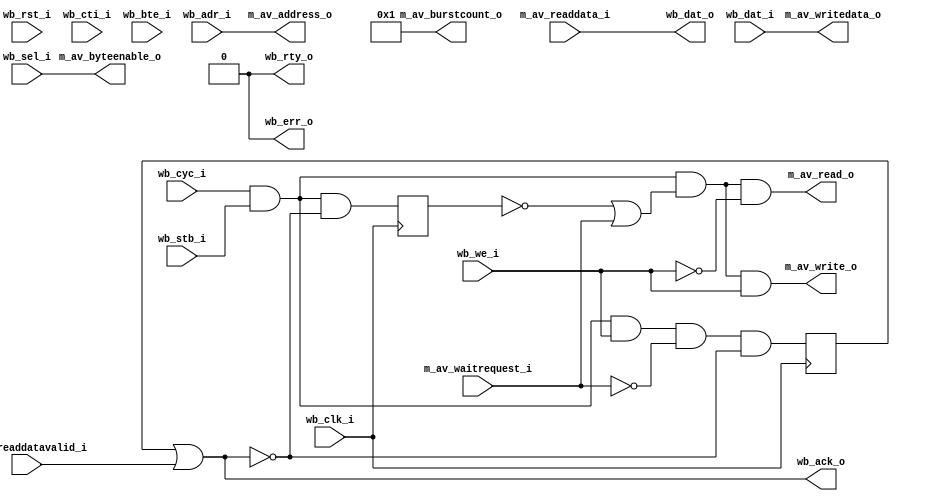
/*
 * Copyright (c) 2013, Stefan Kristiansson <stefan.kristiansson@saunalahti.fi>
 * All rights reserved.
 *
 * Redistribution and use in source and non-source forms, with or without
 * modification, are permitted provided that the following conditions are met:
 *     * Redistributions of source code must retain the above copyright
 *       notice, this list of conditions and the following disclaimer.
 *     * Redistributions in non-source form must reproduce the above copyright
 *       notice, this list of conditions and the following disclaimer in the
 *       documentation and/or other materials provided with the distribution.
 *
 * THIS WORK IS PROVIDED BY THE COPYRIGHT HOLDERS AND CONTRIBUTORS "AS IS"
 * AND ANY EXPRESS OR IMPLIED WARRANTIES, INCLUDING, BUT NOT LIMITED TO,
 * THE IMPLIED WARRANTIES OF MERCHANTABILITY AND FITNESS FOR A PARTICULAR
 * PURPOSE ARE DISCLAIMED. IN NO EVENT SHALL THE COPYRIGHT HOLDER OR
 * CONTRIBUTORS BE LIABLE FOR ANY DIRECT, INDIRECT, INCIDENTAL, SPECIAL,
 * EXEMPLARY, OR CONSEQUENTIAL DAMAGES (INCLUDING, BUT NOT LIMITED TO,
 * PROCUREMENT OF SUBSTITUTE GOODS OR SERVICES;
 * LOSS OF USE, DATA, OR PROFITS; OR BUSINESS INTERRUPTION) HOWEVER CAUSED AND
 * ON ANY THEORY OF LIABILITY, WHETHER IN CONTRACT, STRICT LIABILITY, OR TORT
 * (INCLUDING NEGLIGENCE OR OTHERWISE) ARISING IN ANY WAY OUT OF THE USE OF THIS
 * WORK, EVEN IF ADVISED OF THE POSSIBILITY OF SUCH DAMAGE.
 */

module wb_to_avalon_bridge #(
	parameter DW = 32,	// Data width
	parameter AW = 32,	// Address width
	parameter BURST_SUPPORT = 0
)(
	input 		  wb_clk_i,
	input 		  wb_rst_i,
	// Wishbone Slave Input
	input [AW-1:0] 	  wb_adr_i,
	input [DW-1:0] 	  wb_dat_i,
	input [DW/8-1:0]  wb_sel_i,
	input 		  wb_we_i,
	input 		  wb_cyc_i,
	input 		  wb_stb_i,
	input [2:0] 	  wb_cti_i,
	input [1:0] 	  wb_bte_i,
	output [DW-1:0]   wb_dat_o,
	output 		  wb_ack_o,
	output 		  wb_err_o,
	output 		  wb_rty_o,
	// Avalon Master Output
	output [AW-1:0]   m_av_address_o,
	output [DW/8-1:0] m_av_byteenable_o,
	output 		  m_av_read_o,
	input [DW-1:0] 	  m_av_readdata_i,
	output [7:0] 	  m_av_burstcount_o,
	output 		  m_av_write_o,
	output [DW-1:0]   m_av_writedata_o,
	input 		  m_av_waitrequest_i,
	input 		  m_av_readdatavalid_i
);

wire cycstb = wb_cyc_i & wb_stb_i;

generate if (BURST_SUPPORT == 1) begin : burst_enable
localparam IDLE		= 3'd0;
localparam READ		= 3'd1;
localparam WRITE	= 3'd2;
localparam BURST	= 3'd3;
localparam FLUSH_PIPE	= 3'd4;

localparam CLASSIC	= 3'b000;
localparam CONST_BURST	= 3'b001;
localparam INC_BURST	= 3'b010;
localparam END_BURST	= 3'b111;

localparam LINEAR_BURST	= 2'b00;
localparam WRAP4_BURST	= 2'b01;
localparam WRAP8_BURST	= 2'b10;
localparam WRAP16_BURST	= 2'b11;

reg [2:0]	state;

reg [3:0]	pending_reads;
reg [3:0]	reads_left;

reg [AW-1:0] 	adr;
wire [AW-1:0] 	curr_adr;
wire [AW-1:0] 	next_adr;
reg		read_req;
wire [AW-1:0] 	wb_burst_req;

//
// Avalon bursts can be either linear or wrapped, but that is a synthesis,
// not a runtime option.
// We have no way to know what kind of bursts are supported by the slaves we
// connect to, so instead of doing real bursts, we pipeline (up to) the number
// of reads that the wishbone side have requested in the burst.
// For linear bursts, 8 accesses are pipelined.
// This implies that only bursted reads are curently supported,
// A future improvement would be to let the user choose one of the burst
// modes by parameters and handle those as proper bursts.
//
assign curr_adr = (state == IDLE) ? wb_adr_i : adr;
assign next_adr = (wb_bte_i == LINEAR_BURST) ?
		  (curr_adr[AW-1:0] + 32'd4) :
		  (wb_bte_i == WRAP4_BURST ) ?
		  {curr_adr[AW-1:4], curr_adr[3:0] + 4'd4} :
		  (wb_bte_i == WRAP8_BURST ) ?
		  {curr_adr[AW-1:5], curr_adr[4:0] + 5'd4} :
		/*(wb_bte_i == WRAP16_BURST) ?*/
		  {curr_adr[AW-1:6], curr_adr[5:0] + 6'd4};

assign wb_burst_req = cycstb & (wb_cti_i == INC_BURST);

always @(posedge wb_clk_i) begin
	read_req <= 0;
	case (state)
	IDLE: begin
		pending_reads <= 0;
		adr <= wb_adr_i;
		if (cycstb & !m_av_waitrequest_i) begin
			if (wb_we_i)
				state <= WRITE;
			else if (wb_burst_req) begin
				// Set counter for number of reads left,
				// calculated by the burst count minus one
				// for the current read (performed by the
				// bypass) and one for the read initiated
				// here.
				case (wb_bte_i)
				WRAP4_BURST:
					reads_left <= 4 - 2;

				LINEAR_BURST,
				WRAP8_BURST:
					reads_left <= 8 - 2;

				WRAP16_BURST:
					reads_left <= 16 - 2;
				endcase

				pending_reads <= 1;
				read_req <= 1;
				adr <= next_adr;

				state <= BURST;
			end else
				state <= READ;
		end
	end

	READ: begin
		if (m_av_readdatavalid_i)
			state <= IDLE;
	end

	BURST: begin
		// Pipeline remaining reads.
		// pending_reads increase when a new read is pipelined and
		// decrease when a pending read is acknowledged.
		// On cycles where both a read is pipelined and a pending read
		// is acked, pending_reads do not change.
		read_req <= 1;
		if (m_av_readdatavalid_i)
			pending_reads <= pending_reads - 1;

		if (!m_av_waitrequest_i && reads_left != 0) begin
			pending_reads <= pending_reads + 1;
			if (m_av_readdatavalid_i)
				pending_reads <= pending_reads;
			reads_left <= reads_left - 1;
			adr <= next_adr;
		end

		// All reads pipelined?
		if (reads_left == 0 && !(m_av_waitrequest_i & read_req)) begin
			read_req <= 0;
			// Last transaction done, go back to IDLE
			if (m_av_readdatavalid_i && pending_reads == 0)
				state <= IDLE;
		end

		// If the burst ends prematurely, we have to wait out the
		// already pipelined reads before we can accept new requests.
		if (m_av_readdatavalid_i & !wb_burst_req & pending_reads != 0)
			state <= FLUSH_PIPE;
	end

	FLUSH_PIPE: begin
		if (m_av_readdatavalid_i) begin
			if (pending_reads == 0)
				state <= IDLE;
			pending_reads <= pending_reads - 1;
		end
	end

	WRITE: begin
		state <= IDLE;
	end

	default:
		state <= IDLE;
	endcase

	if (wb_rst_i) begin
		read_req <= 0;
		state <= IDLE;
	end
end

assign m_av_address_o = curr_adr;
assign m_av_read_o = cycstb & !wb_we_i & (state == IDLE) | read_req;
assign m_av_write_o = cycstb & wb_we_i & (state == IDLE);

assign wb_ack_o = m_av_readdatavalid_i & (state != FLUSH_PIPE) |
		   (state == WRITE);

end else begin : burst_disable

reg	cycstb_r;
wire	req;
reg	write_ack;

always @(posedge wb_clk_i)
	cycstb_r <= cycstb & !wb_ack_o;

assign req = cycstb & (!cycstb_r | m_av_waitrequest_i);

always @(posedge wb_clk_i)
	write_ack <= cycstb & wb_we_i & !m_av_waitrequest_i & !wb_ack_o;

assign m_av_address_o = wb_adr_i;
assign m_av_write_o = req & wb_we_i;
assign m_av_read_o = req & !wb_we_i;
assign wb_ack_o = write_ack | m_av_readdatavalid_i;
end
endgenerate

assign m_av_burstcount_o = 8'h1;
assign m_av_writedata_o = wb_dat_i;
assign m_av_byteenable_o = wb_sel_i;
assign wb_dat_o = m_av_readdata_i;
assign wb_err_o = 0;
assign wb_rty_o = 0;

endmodule